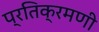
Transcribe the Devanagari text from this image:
प्रतिक्रमणी